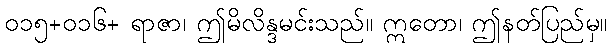
၀၁၅+၀၁၆+ ရာဇာ၊ ဤမိလိန္ဒမင်းသည်။ ဣတော၊ ဤနတ်ပြည်မှ။